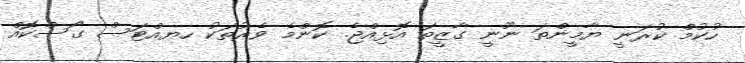
ހުކުމް ކުރަނީ ޔާމީންތަ ނޫނީ ގާޒީތަ އޮޅިއްޖެ. ކޮންމެ ވެރުތަކު ހޔއްޓަސް ގޯސްކޮއް